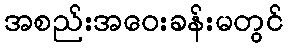
အစည်းအဝေးခန်းမတွင်